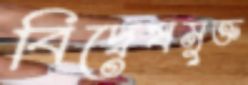
বিদ্বেষমুক্ত